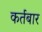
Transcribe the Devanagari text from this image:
कर्तबार